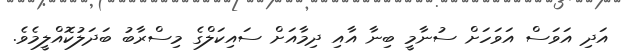
އަދި އަވަސް އަވަހަށް ސުނާމީ ބިނާ އާއި ދިމާއަށް ސައިކަލްގެ މިސްރާބު ބަދަލުކޮއްލީމެވެ.